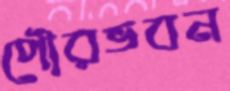
পৌরভবন